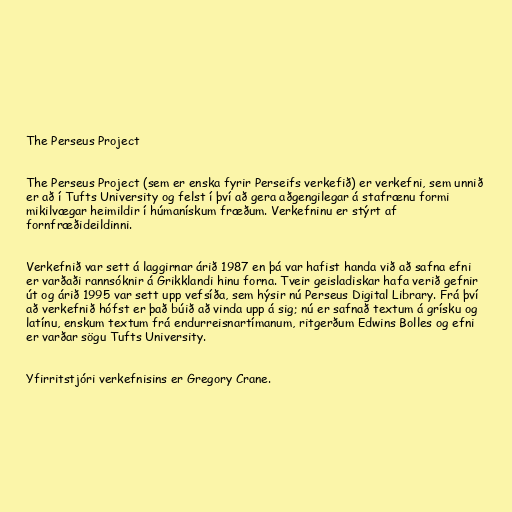
The Perseus Project

The Perseus Project (sem er enska fyrir Perseifs verkefið) er verkefni, sem unnið
er að í Tufts University og felst í því að gera aðgengilegar á stafrænu formi
mikilvægar heimildir í húmanískum fræðum. Verkefninu er stýrt af
fornfræðideildinni.

Verkefnið var sett á laggirnar árið 1987 en þá var hafist handa við að safna efni
er varðaði rannsóknir á Grikklandi hinu forna. Tveir geisladiskar hafa verið gefnir
út og árið 1995 var sett upp vefsíða, sem hýsir nú Perseus Digital Library. Frá því
að verkefnið hófst er það búið að vinda upp á sig; nú er safnað textum á grísku og
latínu, enskum textum frá endurreisnartímanum, ritgerðum Edwins Bolles og efni
er varðar sögu Tufts University.

Yfirritstjóri verkefnisins er Gregory Crane.